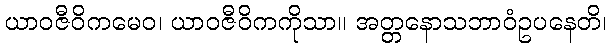
ယာဝဇီဝိကမေဝ၊ ယာဝဇီဝိကကိုသာ။ အတ္တနောသဘာဝံဥပနေတိ၊